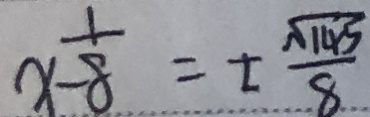
x - \frac { 1 } { 8 } = \pm \frac { \sqrt { 1 4 5 } } { 8 }